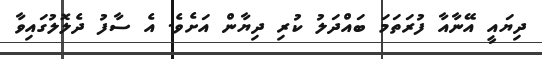
ދިޔައީ އޭނާއާ ފުރަތަމަ ބައްދަލު ކުރި ދިޔާން އަށެވެ. އެ ސާފު ދެލޮލުގައިވާ